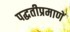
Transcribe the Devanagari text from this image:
पद्धतीप्रमाणें